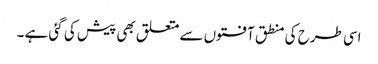
اسی طرح کی منطق آفتوں سے متعلق بھی پیش کی گئی ہے ۔